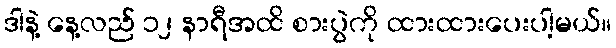
ဒါနဲ့ နေ့လည် ၁၂ နာရီအထိ စားပွဲကို ထားထားပေးပါ့မယ်။